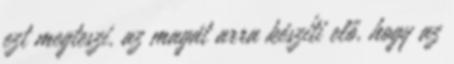
ezt megteszi, az magát arra készíti elő, hogy az